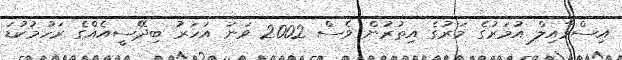
އިސްމާއިލް އުމަރުގެ މަރުގެ އިތުރުން ވެސް 2002 ވަނަ އަހަރު ބިދޭސީއެއްގެ ރަހުމުކުޑަ